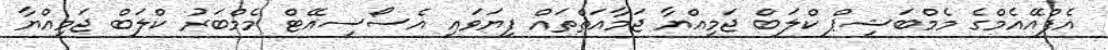
އެފްއޭއެމްގެ މެމްބަޝިޕް ކްލަބް ޖަމިއްޔާ ޖަމާއަތްތައް ފިޔަވައި އެސޯސިއޭޓް މެމްބަރު ކްލަބް ޖަމިއްޔާ